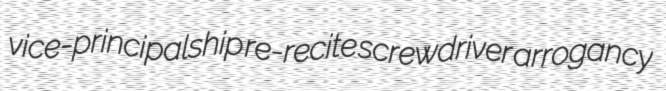
vice-principalship re-recite screwdriver arrogancy